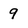
Character: 9